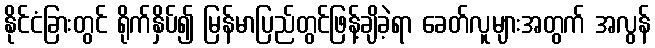
နိုင်ငံခြားတွင် ရိုက်နှိပ်၍ မြန်မာပြည်တွင်ဖြန့်ချိခဲ့ရာ ခေတ်လူများအတွက် အလွန်